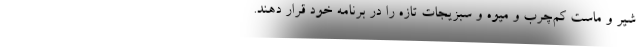
شیر و ماست کم‌چرب و میوه و سبزیجات تازه را در برنامه خود قرار دهند.